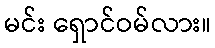
မင်း ရှောင်ဝမ်လား။